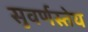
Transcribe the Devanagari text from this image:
सुवर्णस्तेय